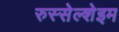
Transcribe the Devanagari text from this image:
रुस्सेल्शेइम